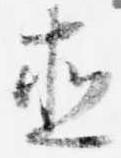
直